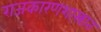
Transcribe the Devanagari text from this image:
राजकारणशास्त्रात